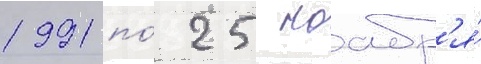
1991 по́ 25 ноабр'я́